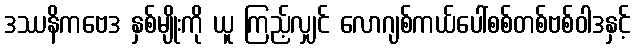
ဒဿနိကဗေဒ နှစ်မျိုးကို ယူ ကြည့်လျှင် လောဂျစ်ကယ်ပေါ်စစ်တစ်ဗစ်ဝါဒနှင့်